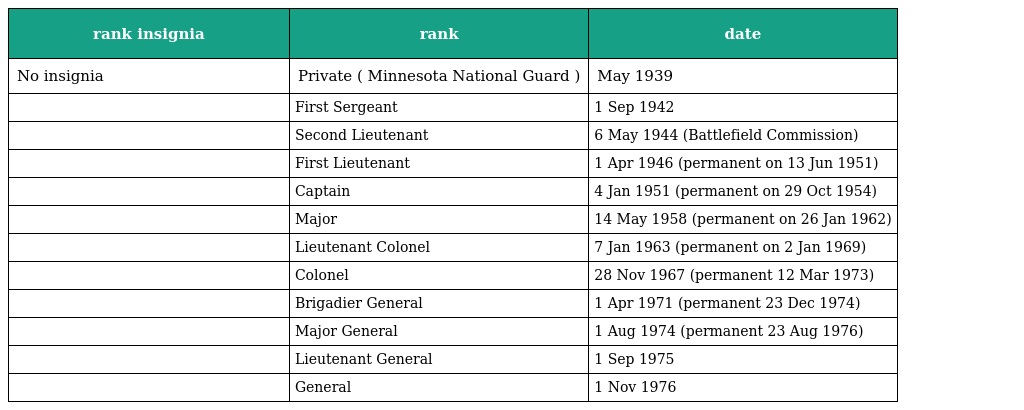
| rank insignia | rank | date |
 | --- | --- | --- |
 | No insignia | Private ( Minnesota National Guard ) | May 1939 |
 |  | First Sergeant | 1 Sep 1942 |
 |  | Second Lieutenant | 6 May 1944 (Battlefield Commission) |
 |  | First Lieutenant | 1 Apr 1946 (permanent on 13 Jun 1951) |
 |  | Captain | 4 Jan 1951 (permanent on 29 Oct 1954) |
 |  | Major | 14 May 1958 (permanent on 26 Jan 1962) |
 |  | Lieutenant Colonel | 7 Jan 1963 (permanent on 2 Jan 1969) |
 |  | Colonel | 28 Nov 1967 (permanent 12 Mar 1973) |
 |  | Brigadier General | 1 Apr 1971 (permanent 23 Dec 1974) |
 |  | Major General | 1 Aug 1974 (permanent 23 Aug 1976) |
 |  | Lieutenant General | 1 Sep 1975 |
 |  | General | 1 Nov 1976 |